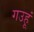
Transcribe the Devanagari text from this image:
गउहूं